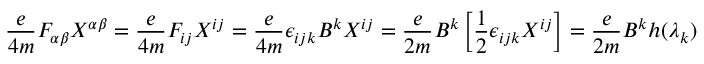
\frac { e } { 4 m } F _ { \alpha \beta } X ^ { \alpha \beta } = \frac { e } { 4 m } F _ { i j } X ^ { i j } = \frac { e } { 4 m } \epsilon _ { i j k } B ^ { k } X ^ { i j } = \frac { e } { 2 m } B ^ { k } \left[ \frac { 1 } { 2 } \epsilon _ { i j k } X ^ { i j } \right] = \frac { e } { 2 m } B ^ { k } h ( \lambda _ { k } )